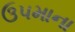
ઉપમાના